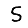
Digit: 5